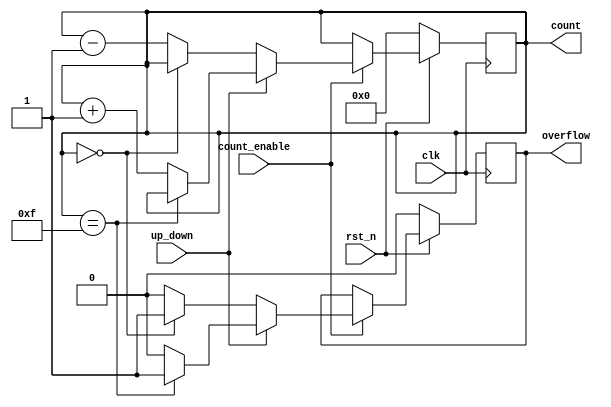
module cascaded_counter #(
    parameter WIDTH = 4  // Width of the counter (number of bits)
)(
    input wire clk,                // Clock input
    input wire rst_n,              // Active low synchronous reset
    input wire count_enable,        // Count enable signal
    input wire up_down,            // Up/Down control (1 for up, 0 for down)
    output reg [WIDTH-1:0] count,  // Current count value
    output reg overflow            // Overflow flag
);

    // Initialize the count and overflow
    initial begin
        count = 0;
        overflow = 0;
    end

    always @(posedge clk) begin
        if (!rst_n) begin
            // Synchronous reset: reset count to 0
            count <= 0;
            overflow <= 0;
        end else if (count_enable) begin
            // Count up or down based on the up_down signal
            if (up_down) begin
                // Count up
                if (count == (1 << WIDTH) - 1) begin
                    // If maximum value is reached, set overflow
                    overflow <= 1;
                end else begin
                    count <= count + 1;
                    overflow <= 0;
                end
            end else begin
                // Count down
                if (count == 0) begin
                    // If minimum value is reached, set overflow
                    overflow <= 1;
                end else begin
                    count <= count - 1;
                    overflow <= 0;
                end
            end
        end
    end
endmodule